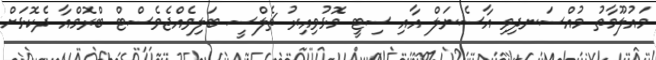
މައުލޫމާތު މުއްސަނދިވި އާސެނަލް އާއި ސިޓީ މޮޅުވިއިރު ޗެލްސީ ބަލިވެއްޖެވެސްޓް ބްރޮމްއާ ދެކޮޅަށް